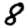
Digit: 8